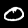
Digit: 0